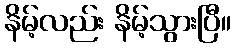
နိမ့်လည်း နိမ့်သွားပြီ။